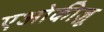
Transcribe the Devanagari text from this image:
एओकीज़ू